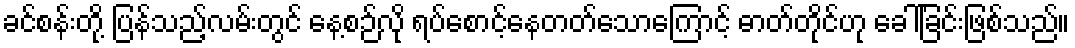
ခင်စန်းတို့ ပြန်သည့်လမ်းတွင် နေ့စဉ်လို ရပ်စောင့်နေတတ်သောကြောင့် ဓာတ်တိုင်ဟု ခေါ်ခြင်းဖြစ်သည်။